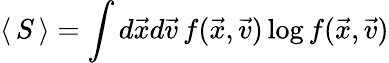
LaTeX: \langle\, S\, \rangle=\int d\vec{x}d\vec{v}\, f(\vec{x},\vec{v})\log f(\vec{x},\vec{v})